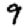
Digit: 9